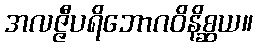
အလဇ္ဇီပရိဘောဂဝိနိစ္ဆယ။